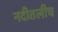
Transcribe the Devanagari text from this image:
नदीतलीच